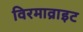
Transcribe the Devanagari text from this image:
विरमाव्राइट